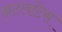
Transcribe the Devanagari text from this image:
अटलांटेस